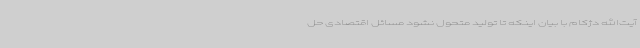
آیت‌الله دژکام با بیان اینکه تا تولید متحول نشود مسائل اقتصادی حل